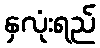
နှလုံးရည်